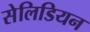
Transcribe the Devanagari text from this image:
सेलिडियन